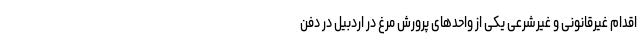
اقدام غیرقانونی و غیر‌شرعی یکی از واحدهای پرورش مرغ در اردبیل در دفن